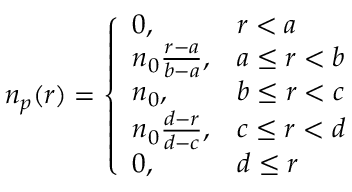
n _ { p } ( r ) = \left\{ \begin{array} { l l } { 0 , } & { r < a } \\ { n _ { 0 } \frac { r - a } { b - a } , } & { a \leq r < b } \\ { n _ { 0 } , } & { b \leq r < c } \\ { n _ { 0 } \frac { d - r } { d - c } , } & { c \leq r < d } \\ { 0 , } & { d \leq r } \end{array} \right.